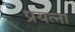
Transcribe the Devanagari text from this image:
प्रयत्ना